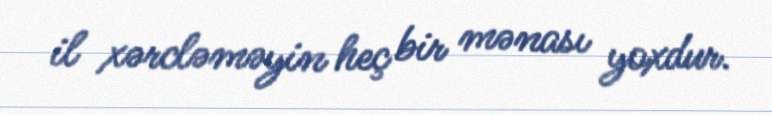
il xərcləməyin heç bir mənası yoxdur.